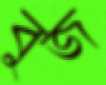
বুজ